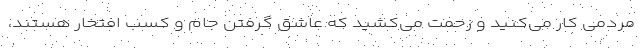
مردمی کار می‌کنید و زحمت می‌کشید که عاشق گرفتن جام و کسب افتخار هستند،